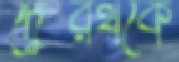
দ্বৈরথকে